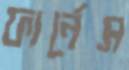
ফার্নেস